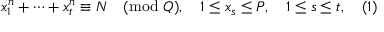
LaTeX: x _ { 1 } ^ { n } + \dots + x _ { t } ^ { n } \equiv N { \pmod { Q } } , \quad 1 \leq x _ { s } \leq P , \quad 1 \leq s \leq t , \quad ( 1 )